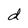
Character: d